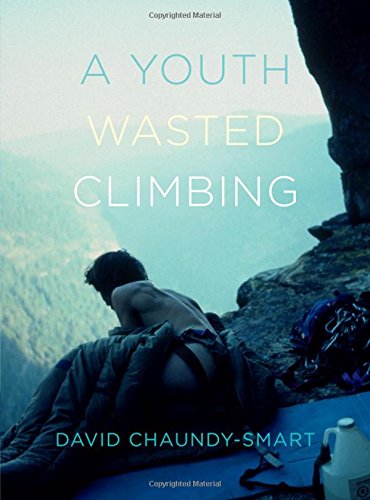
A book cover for A Youth Wasted Climbing; David Chaundy-Smart; Sports & Outdoors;